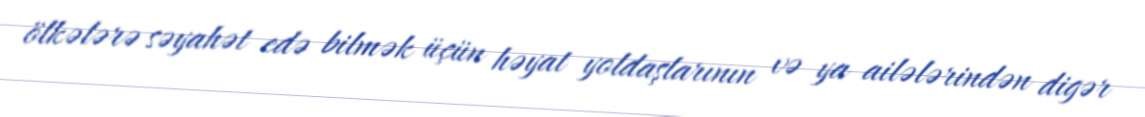
ölkələrə səyahət edə bilmək üçün həyat yoldaşlarının və ya ailələrindən digər